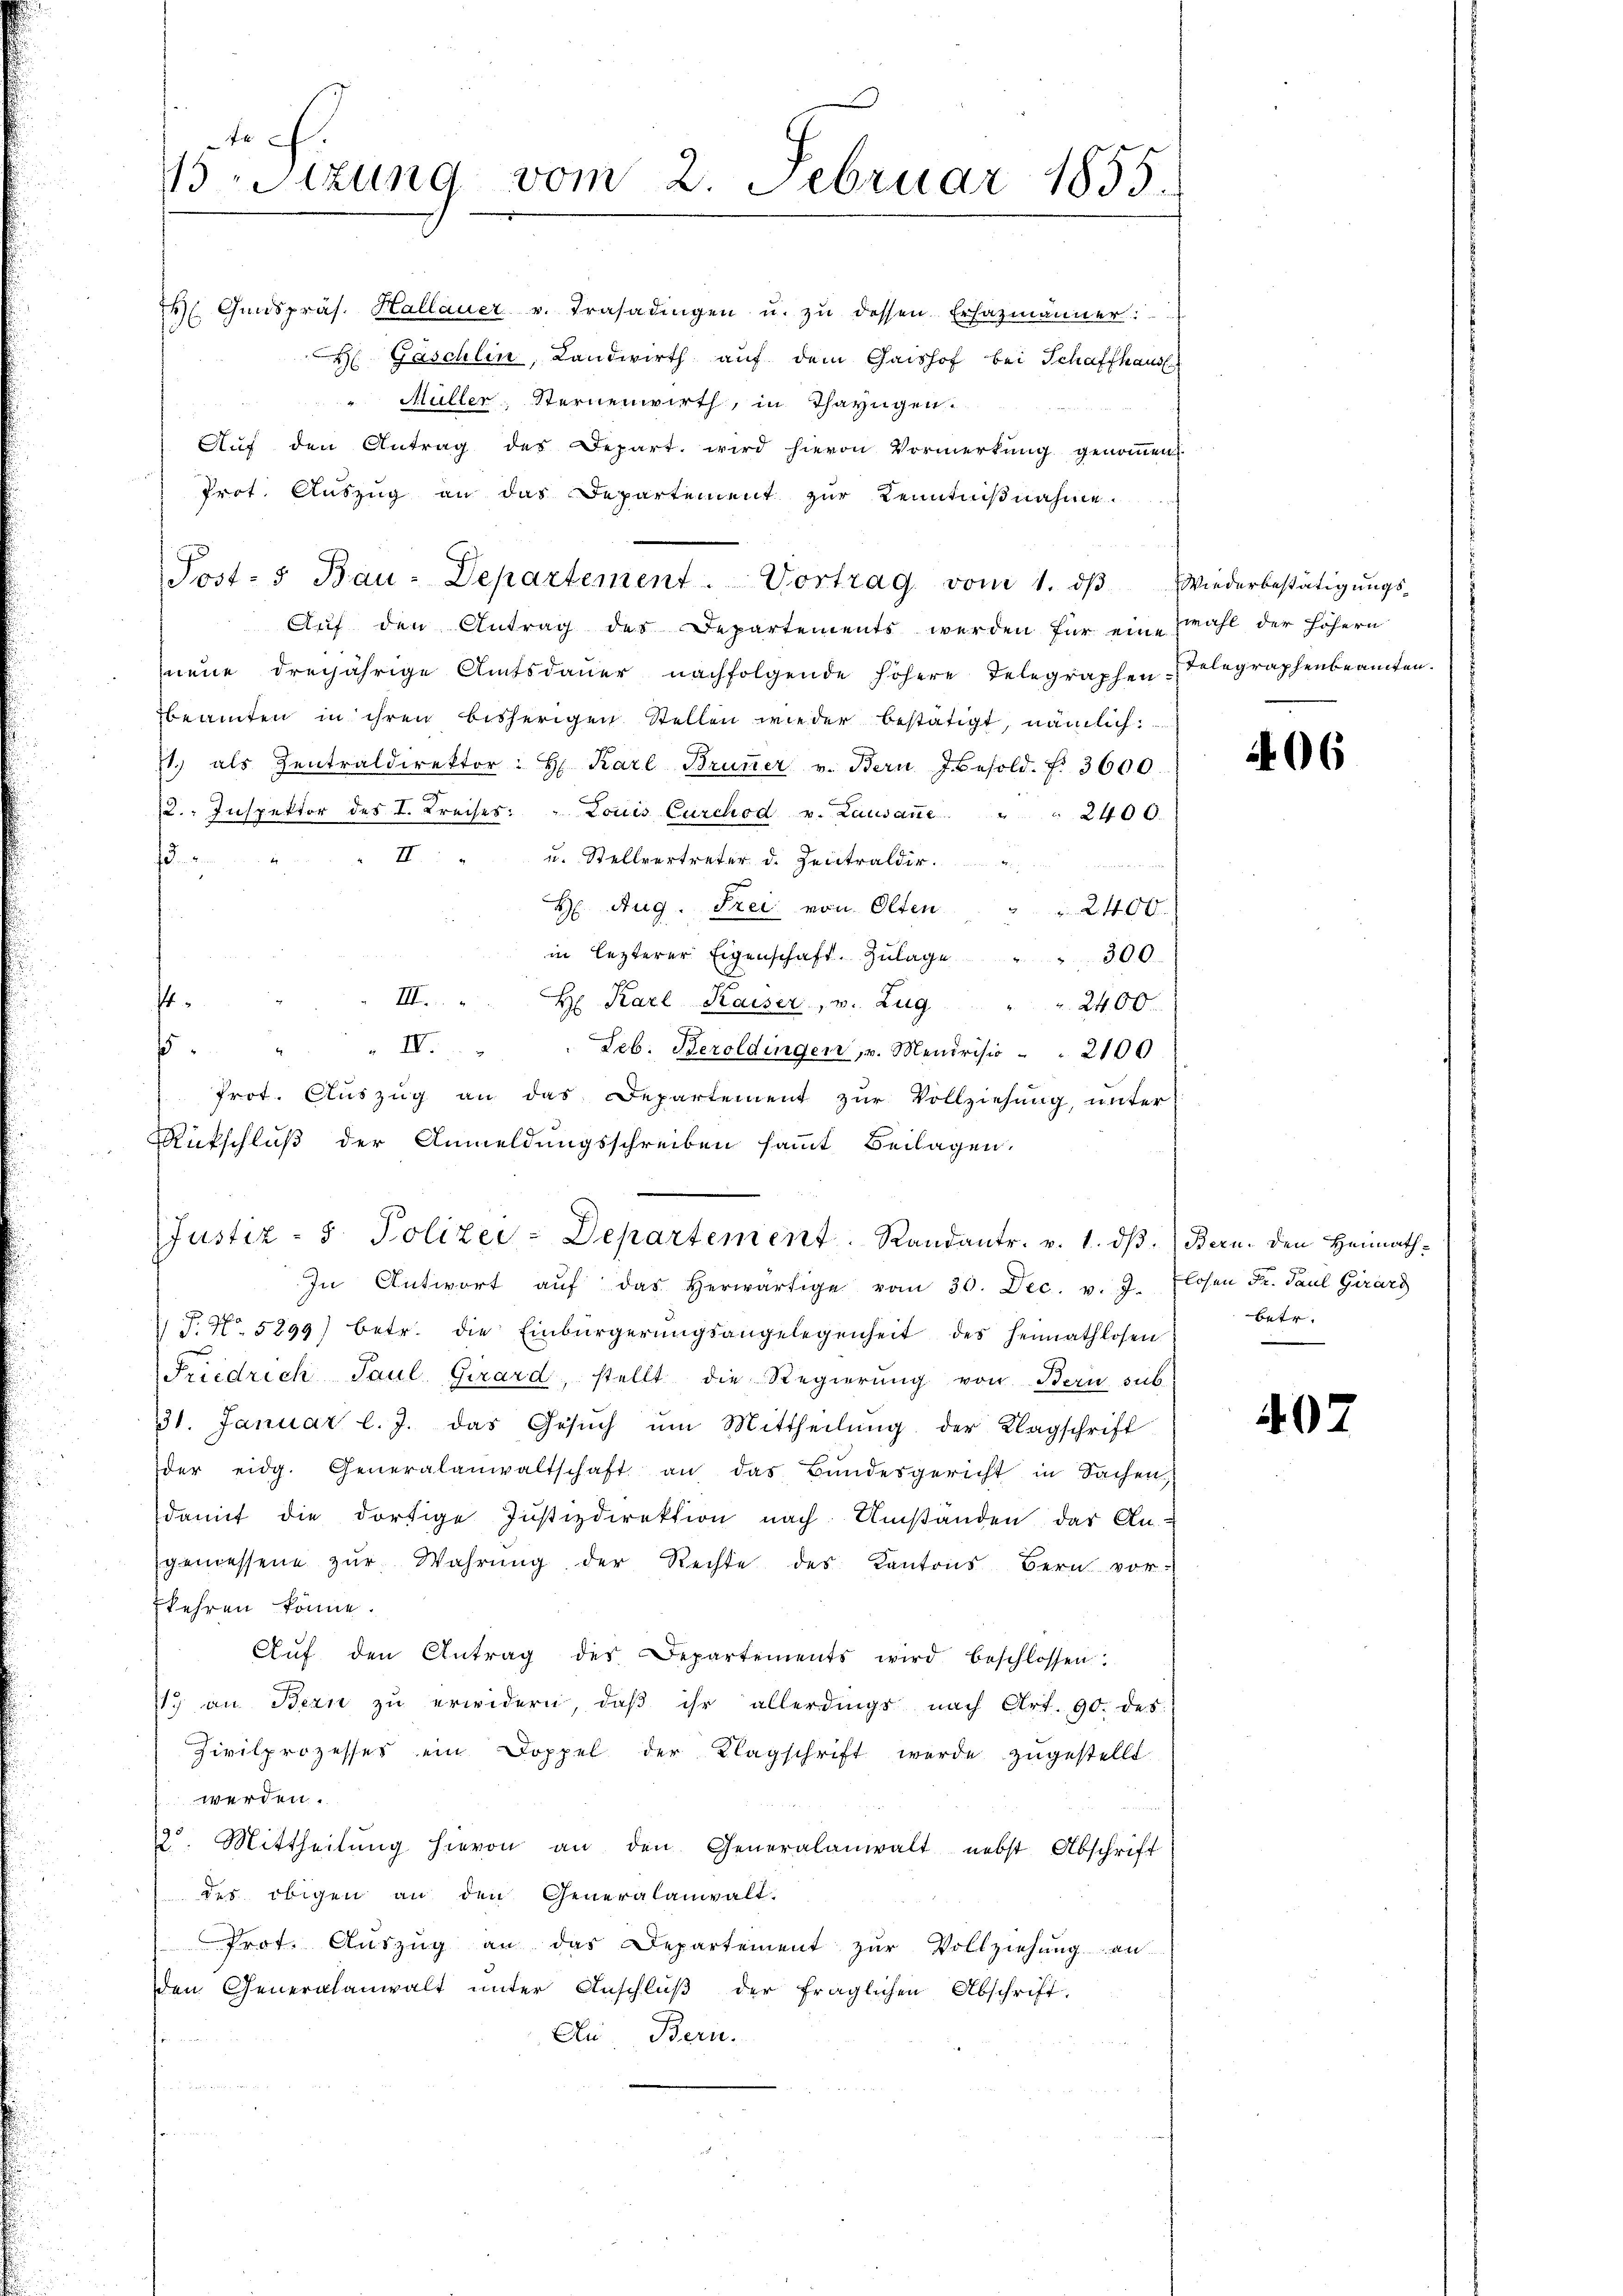
x
15 Stzung vom 2. Februar 1855.

Ganspräs. Hallauer v. Trasadingen u. zŭ dessen Erfazmänner:
Gäschlin, Landwirth auf dem Gaishof bei Schaffhaus
" Müller, Sternenwirth, in Thayngen.
Aŭf den Antrag des Depart wird hievon Vormerkung genommen
Prot. Auszug an das Departement zur Kenntnißnahme.
Auf den Antrag des Departements werden für einmahl der höhern
neue dreijährige Amtsdauer nachfolgende höhere Telegraphen-Telegraphenbeamten.
beamten in ihren bisherigen Stellen wieder bestätigt, nämlich:
1. als Zentraldirektor: H. Karl Brunner v. Bern J. besold. f. 3600.
12. Inspektor des I. Kreises: " Louis Curchod v. Lausaŭe " " 2400.
II
u. Stellvertreter d. Zentraldir.
.
H. Aug. Frei von Olten " " 2400.
in lezterer Eigenschaft. Zulage 300
ft
III. " H Karl Kaiser, v. Zug
 2400
.
IV. Leb. Beroldingen, u. Mendrisio . . 2100
1
Prot. Auszug an das Departement zur Vollziehung, unter
Rückschluß der Anmeldungsschreiben sammt Beilagen.
Justiz- & Polizei-Departement. Randantr. v. 1. dβ. Bern, den Heimath¬
In Antwort aŭf das herwärtige vom 30. Dec. v. J. Elosen Fr. Paul Girard
 P. Nr. 5899) betr. die Einbürgerŭngsangelegenheit des Heimathlosen
Friedrich Paul. Girard, stellt die Regierŭng von Bern sub
31. Januar l. J. das Gesŭch ŭm Mittheilŭng der Klagschrift
der eidg. Generalanwaltschaft an das Bundesgericht in Sachen,
damit die dortige Justizdirektion nach Umständen der An-
gemessene zŭr Wahrŭng der Rechte des Kantons Bern vor-
kehren könne.
Aŭf den Antrag des Departements wird beschlossen.
1. an Bern zŭ erwidern, daβ ihr allerdings nach Art. 90. des
Zivilprozesses ein Doppel der Klagschrift werde zŭgestellt
werden.
22. Mittheilŭng hievon an den Generalanwalt nebst Abschrift
des obigen an den Generalanwalt.
Prot. Aŭszŭg an das Departement zŭr Vollziehŭng an
den Generalanwalt ŭnter Anschlŭβ der fraglichen Abschrift,
Au. Beri

Post- u Bau-Departement. Vortrag vom 1. dβ Wiederbestätigŭngs-

406

betr.

407